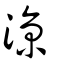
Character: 涼